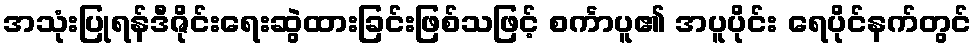
အသုံးပြုရန်ဒီဇိုင်းရေးဆွဲထားခြင်းဖြစ်သဖြင့် စင်္ကာပူ၏ အပူပိုင်း ရေပိုင်နက်တွင်